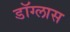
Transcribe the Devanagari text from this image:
डॉग्लास